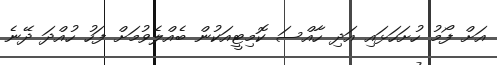
އަށް ފޯމު ހުށަހަޅައި އަދި ހާއްސަ ކޮމިޓީއަކުން ބެއްލެވުމަށް ފަހު ހުއްދަ ދޭނެ